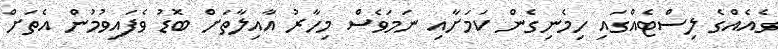
ގެއެއްގެ ލިސްޓެއްގައި ހިމެނިގެން ކަމަށާއި ނަމަވެސް މިހާރު އާއިލާތަށް ބޮޑު ވެފައިވުމުން އެތަށް